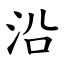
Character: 沿